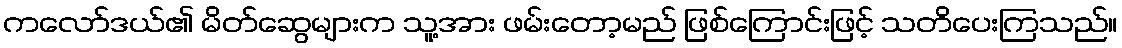
ကလော်ဒယ်၏ မိတ်ဆွေများက သူ့အား ဖမ်းတော့မည် ဖြစ်ကြောင်းဖြင့် သတိပေးကြသည်။